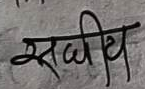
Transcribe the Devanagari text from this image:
सदीय